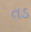
તડ